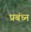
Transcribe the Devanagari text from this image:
प्रबंध्न